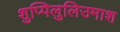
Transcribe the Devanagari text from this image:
शुप्पिलुलिउमाश